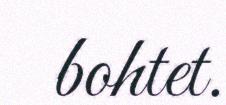
bohtet.